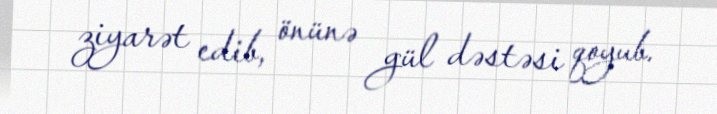
ziyarət edib, önünə gül dəstəsi qoyub.